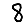
Digit: 8